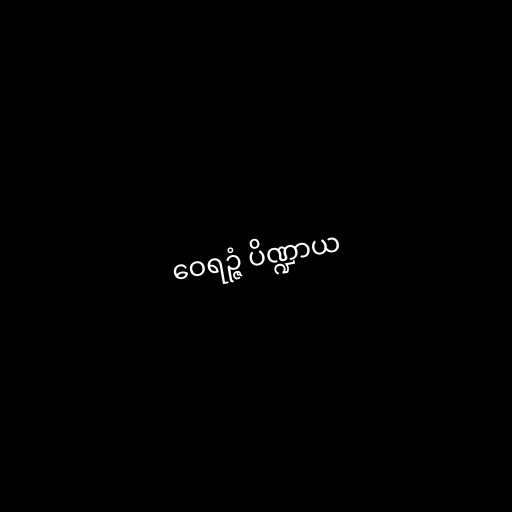
ဝေရဉ္ဇံ ပိဏ္ဍာယ